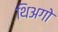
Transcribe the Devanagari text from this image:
थिअगो